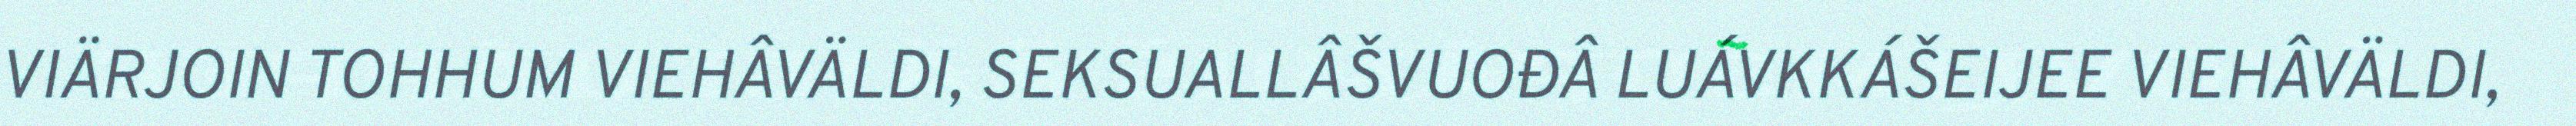
VIÄRJOIN TOHHUM VIEHÂVÄLDI, SEKSUALLÂŠVUOĐÂ LUÁVKKÁŠEIJEE VIEHÂVÄLDI,